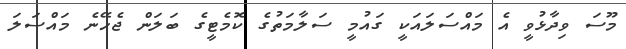
މޫސަ ވިދާޅުވީ އެ މައްސަލައަކީ ގައުމީ ސަލާމަތުގެ ކޮމެޓީގެ ބަލަން ޖެހޭނެ މައްސަލަ